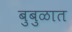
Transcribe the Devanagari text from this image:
बुबुळात